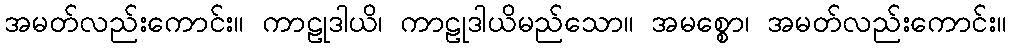
အမတ်လည်းကောင်း။ ကာဠုဒါယိ၊ ကာဠုဒါယိမည်သော။ အမစ္စော၊ အမတ်လည်းကောင်း။